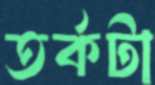
তর্কটা